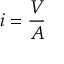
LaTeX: i = { \frac { V } { A } }